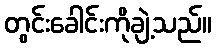
တွင်းခေါင်းကိုချဲ့သည်။